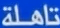
تاهلة